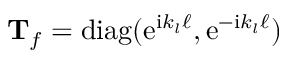
\mathbf T _ { f } = \mathrm { d i a g } ( \mathrm { e } ^ { \mathrm { i } k _ { l } \ell } , \mathrm { e } ^ { - \mathrm { i } k _ { l } \ell } )